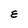
Character: E